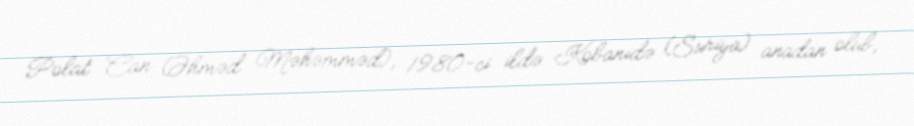
Polat Can (Əhməd Məhəmməd), 1980-ci ildə Kobanidə (Suriya) anadan olub,